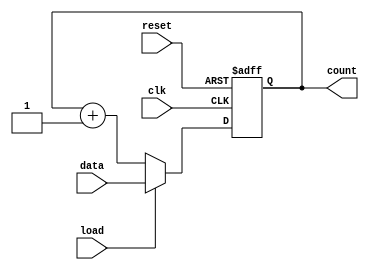
module LoadableCounter (
    input wire clk,          // Clock signal
    input wire load,         // Load control signal
    input wire reset,        // Asynchronous reset signal
    input wire [7:0] data,   // Load value input (8-bit)
    output reg [7:0] count   // Current count output (8-bit)
);

    // Asynchronous reset and load behavior
    always @(posedge clk or posedge reset) begin
        if (reset) begin
            count <= 8'b0;  // Reset count to 0
        end else if (load) begin
            count <= data;   // Load the new value into count
        end else begin
            count <= count + 1; // Increment count by 1
        end
    end

endmodule